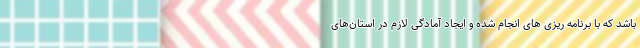
باشد که با برنامه ریزی های انجام شده و ایجاد آمادگی لازم در استان‌های